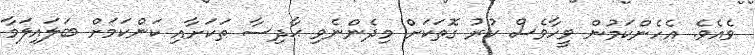
ވެއެވެ. އެހެންކަމުން ވީހާވެސް ކުރު ގޮތަކަށް މިދެންނެވި ޙާދިސާ ތަކަށާއި ކަންކަމަށް ބަލައިލަމާ